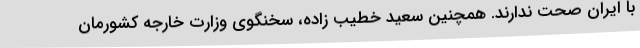
با ایران صحت ندارند. همچنین سعید خطیب زاده، سخنگوی وزارت خارجه کشورمان